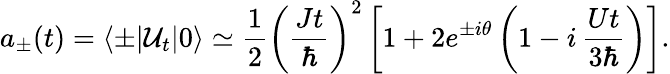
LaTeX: a_{\pm}(t)=\langle\pm|{\mathcal{U}}_{t}|0\rangle\simeq\frac{1}{2}\left(\frac{Jt}{\hbar}\right)^{2}\left[1+2e^{\pm i\theta}\left(1-i\, \frac{Ut}{3\hbar}\right)\right].